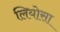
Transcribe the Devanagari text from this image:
लियोसा